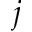
j